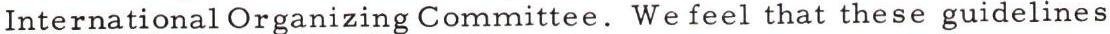
International Organizing Committee. We feel that these guidelines